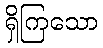
ရှိကြသော